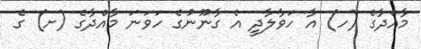
މާއްދާގެ (ހ) އާ ހަވާލާދީ އެ ގާނޫނުގެ ހަވަނަ މާއްދާގެ (ށ) ގެ